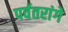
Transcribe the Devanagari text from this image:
पर्वतरांगे